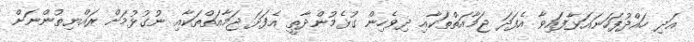
އަދި ހައްދުފަހަނައަޅާފައިވާ އެފަދަ ޖަމާއަތްތަކާއި ދިވެހިން ގުޅެމުންދާތީ އެފަދަ ޖަމާއަތްތަކާއި ނުގުޅުމަށް ރައްޔިތުންނަށް